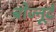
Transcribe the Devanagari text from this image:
बोज्नूर्द